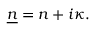
{ \underline { { n } } } = n + i \kappa .